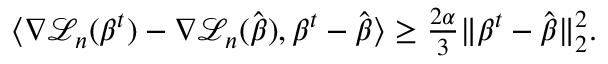
\begin{array} { r l } & { \langle \nabla { \mathcal L } _ { n } ( { \boldsymbol { \beta } } ^ { t } ) - \nabla { \mathcal L } _ { n } ( \hat { \boldsymbol { \beta } } ) , { \boldsymbol { \beta } } ^ { t } - \hat { \boldsymbol { \beta } } \rangle \geq \frac { 2 \alpha } { 3 } \| { \boldsymbol { \beta } } ^ { t } - \hat { \boldsymbol { \beta } } \| _ { 2 } ^ { 2 } . } \end{array}